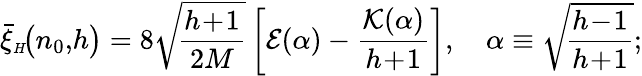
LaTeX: \bar{\xi}_{{\scriptscriptstyle H}}\! \big(n_{0},\! h\big)=8\sqrt{\! \frac{h\! +\! 1}{2M}}\left[{\cal E}(\alpha)-\frac{{\cal K}(\alpha)}{h\! +\! 1}\right],\quad\alpha\equiv\sqrt{\! \frac{h\! -\! 1}{h\! +\! 1}};